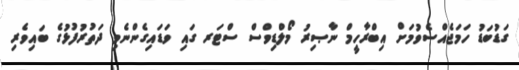
ގަޑުބަޑު ހަމަޖެއްސެވުމަށް އިބްރާހީމް ނާޞިރު މޯލްޑިވްސް ސްޓަރ ގައި ވަޑައިގެންނެވި ދަތުރުފުޅުގެ ބައިވެރި